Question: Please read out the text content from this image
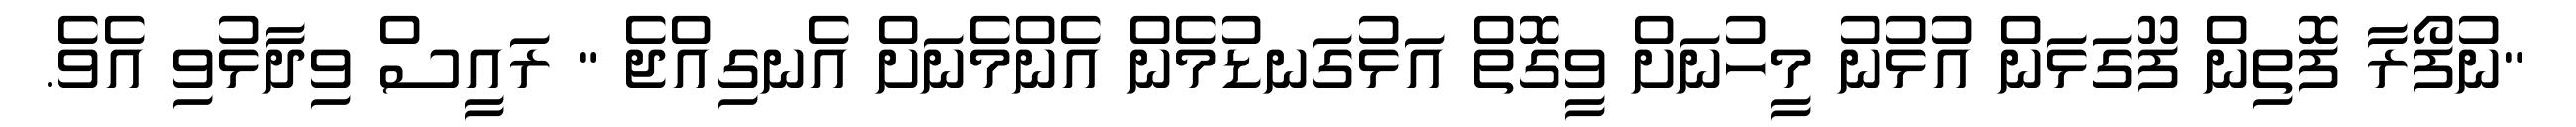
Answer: "ނުފޯރާ ފޮތިން ފޫގަޅަން އުޅުނު މީހުނަށް ވީގޮތް އަޅުގަނޑުމެން އެންމެނަށް އެނގިއްޖެ " ރައީސް ވިދާޅުވި އެވެ.